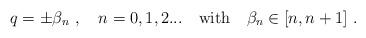
LaTeX: \begin{align*}q=\pm \beta_n \ , \quad n=0,1,2... \quad {\rm with} \quad \beta_n \in [n,n+1]\ .\end{align*}